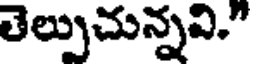
తెల్పుచున్నవి."